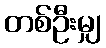
တစ်ဦးမျှ